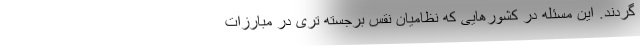
گردند. این مسئله در کشورهایی که نظامیان نقس برجسته تری در مبارزات